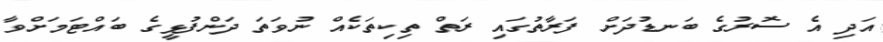
އަދި އެ ސޮރުގެ ބަނޑުދަށް ފަރާތުގައި ރަތް ތިކިތަކެއް ނުވަތަ ދަންފުޅީގެ ބައްޓަމަށްވާ